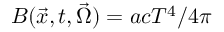
B ( \vec { x } , t , \vec { \Omega } ) = a c T ^ { 4 } / 4 \pi